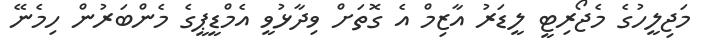
މަޖިލީހުގެ މެޖޯރިޓީ ލީޑަރު އާޒިމް އެ ގޮތަށް ވިދާޅުވީ އެމްޑީޕީގެ މެންބަރުން ހިމެނޭ